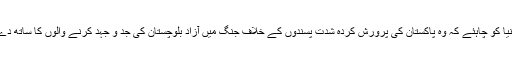
دنیا کو چاہئے کہ وہ پاکستان کی پرورش کردہ شدت پسندوں کے خلاف جنگ میں آزاد بلوچستان کی جد و جہد کرنے والوں کا ساتھ دے۔